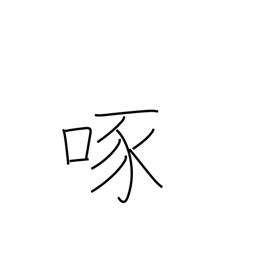
Meaning: peck